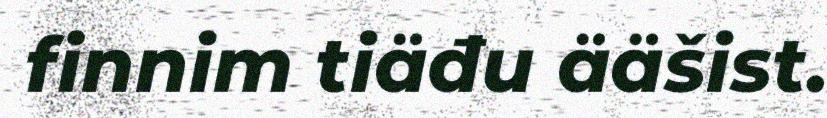
finnim tiäđu ääšist.